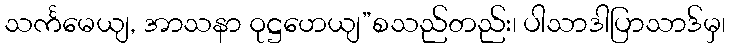
သင်္ကမေယျ, အာသနာ ဝုဋ္ဌဟေယျ”စသည်တည်း၊ ပါသာဒါပြာသာဒ်မှ၊